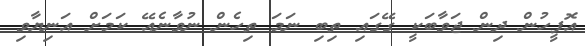
އޮފީހުން ދިން ޖަވާބަކީ ގޭގައި ތިބި ނަމަ ތިހެން ނުވާނެއޭ ކަމަށް އަނިޔާވި